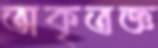
অকৃতজ্ঞ